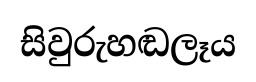
සිවුරුහඬලෑය